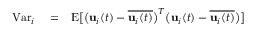
\begin{array} { r l r } { \mathrm { V a r } _ { i } } & { { } = } & { \mathrm { E } \big [ \big ( { \bf { u } } _ { i } ( t ) - \overline { { { \bf { u } } _ { i } ( t ) } } \big ) ^ { T } \big ( { \bf { u } } _ { i } ( t ) - \overline { { { \bf { u } } _ { i } ( t ) } } \big ) \big ] } \end{array}